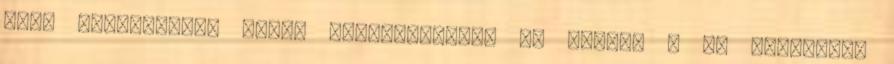
párt társelnöke, Zugló polgármestere a. Tovább › ›A közgyűlés